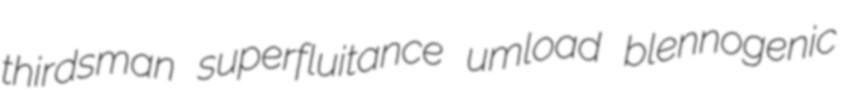
thirdsman superfluitance umload blennogenic